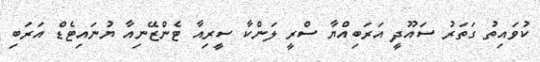
ކުވައިތު ގަތަރު ސައޫދީ އަރަބިއްޔާ ސްރީ ލަންކާ ސީރިއާ ޓެންޒޭނިއާ ޔުނައިޓެޑް އަރަބި